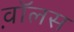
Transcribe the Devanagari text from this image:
व़ाॅलस